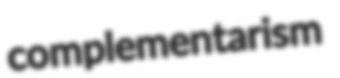
complementarism